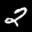
Label: 2